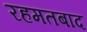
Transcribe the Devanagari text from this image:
रहमतबाद